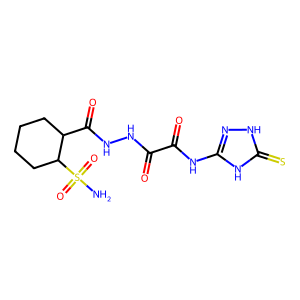
SMILES: NS(=O)(=O)C1CCCCC1C(=O)NNC(=O)C(=O)Nc1n[nH]c(=S)[nH]1
Inhibits HIV replication: No